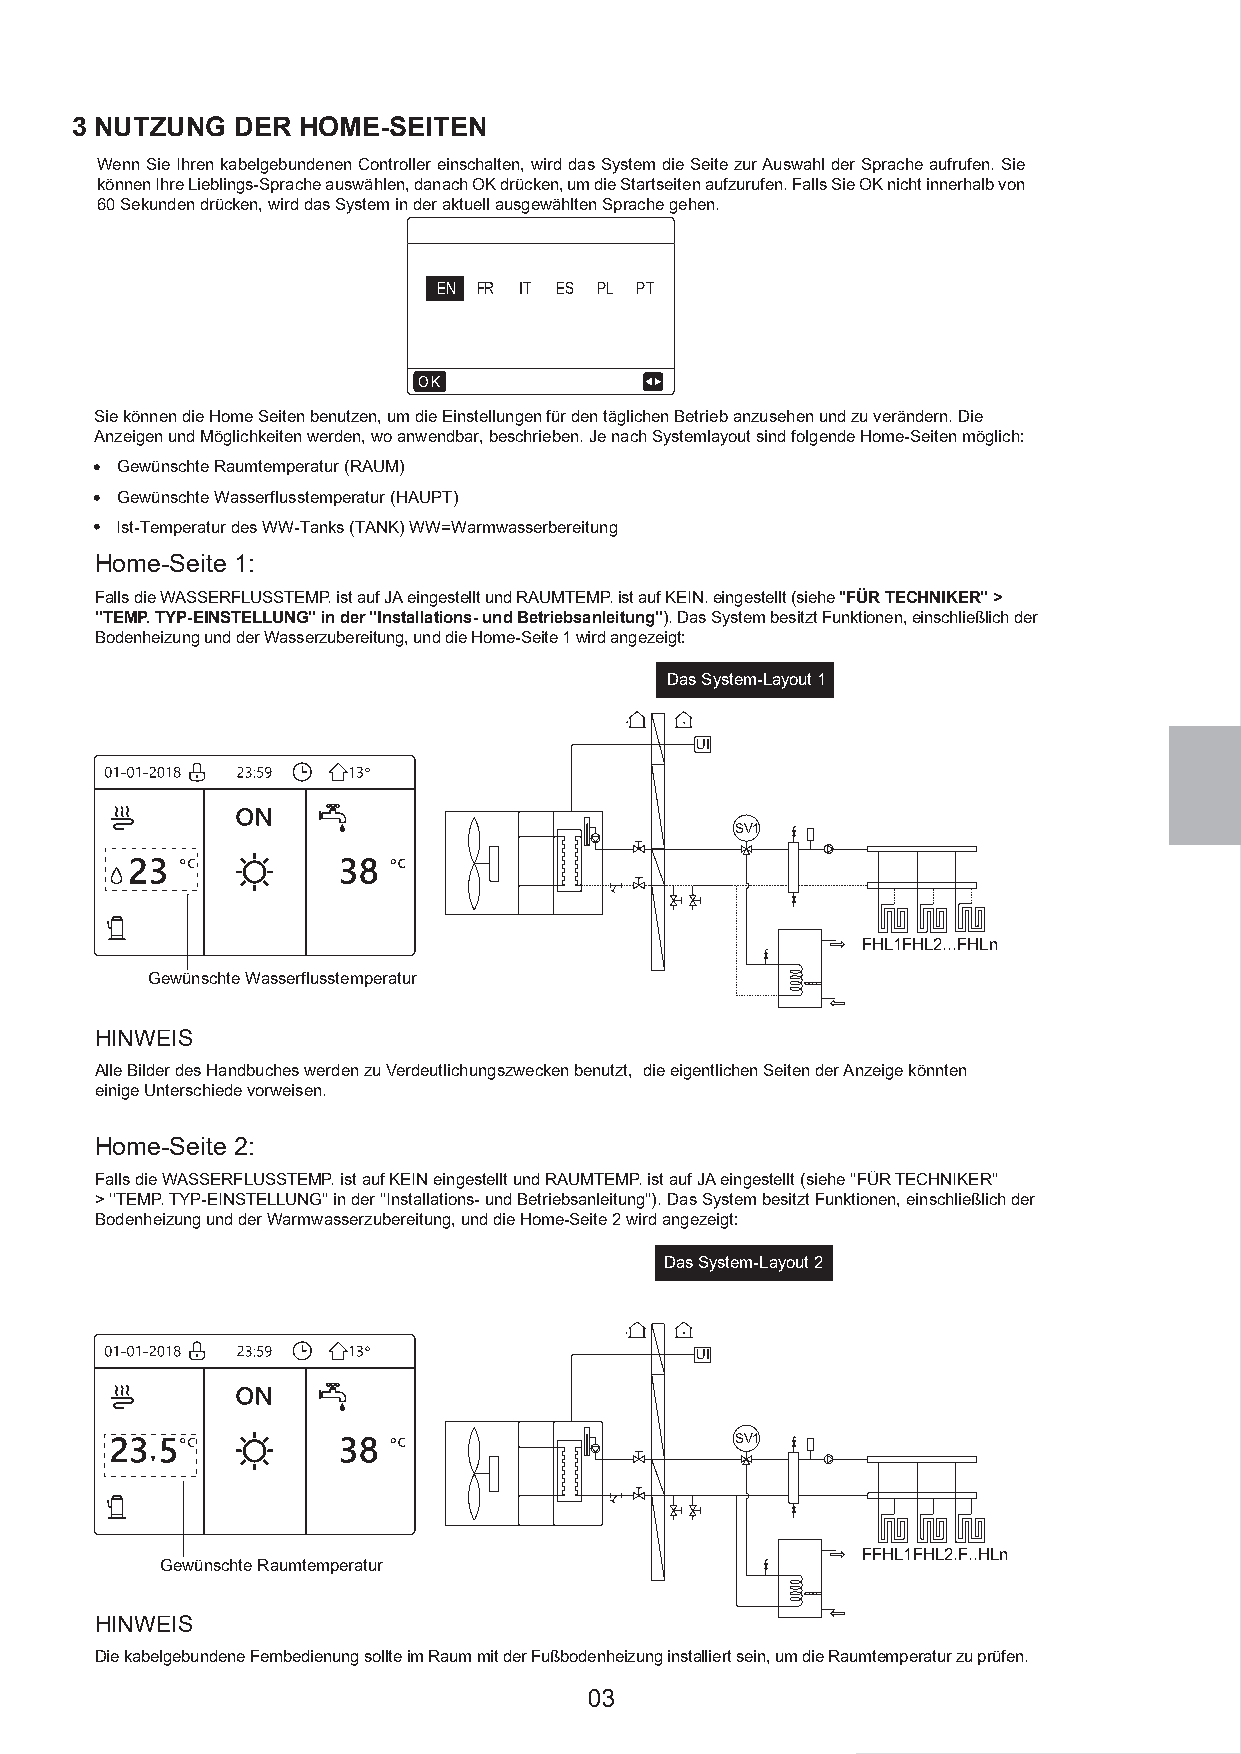
3 NUTZUNG  DER HOME-SEITEN
 Wenn Sie Ihren kabelgebundenen Controller einschalten, wird das System die Seite zur Auswahl der Sprache aufrufen. Sie
 können Ihre Lieblings-Sprache auswählen, danach OK drücken, um die Startseiten aufzurufen. Falls Sie OK nicht innerhalb von
 60 Sekunden drücken, wird das System in der aktuell ausgewählten Sprache gehen.
 EN FR IT ES PL PT
 OK
 Sie können die Home Seiten benutzen, um die Einstellungen für den täglichen Betrieb anzusehen und zu verändern. Die
 Anzeigen und Möglichkeiten werden, wo anwendbar, beschrieben. Je nach Systemlayout sind folgende Home-Seiten möglich:
 Gewünschte Raumtemperatur (RAUM)
 Gewünschte Wasserflusstemperatur (HAUPT)
 Ist-Temperatur des WW-Tanks (TANK) WW=Warmwasserbereitung
 Home-Seite 1:
 Falls die WASSERFLUSSTEMP. ist auf JA eingestellt und RAUMTEMP. ist auf KEIN. eingestellt (siehe ''FÜR TECHNIKER'' >
 ''TEMP. TYP-EINSTELLUNG'' in der ''Installations- und Betriebsanleitung''). Das System besitzt Funktionen, einschließlich der
 Bodenheizung und der Wasserzubereitung, und die Home-Seite 1 wird angezeigt:
 Das System-Layout 1
 UI
 SV1
 FHL1FHL2...FHLn
 Gewünschte Wasserflusstemperatur
 HINWEIS
 Alle Bilder des Handbuches werden zu Verdeutlichungszwecken benutzt, die eigentlichen Seiten der Anzeige könnten
 einige Unterschiede vorweisen.
 Home-Seite 2:
 Falls die WASSERFLUSSTEMP. ist auf KEIN eingestellt und RAUMTEMP. ist auf JA eingestellt (siehe ''FÜR TECHNIKER''
 > ''TEMP. TYP-EINSTELLUNG'' in der ''Installations- und Betriebsanleitung''). Das System besitzt Funktionen, einschließlich der
 Bodenheizung und der Warmwasserzubereitung, und die Home-Seite 2 wird angezeigt:
 Das System-Layout 2
 UI
 SV1
 FFHL1FHL2.F..HLn
 Gewünschte Raumtemperatur
 HINWEIS
 Die kabelgebundene Fernbedienung sollte im Raum mit der Fußbodenheizung installiert sein, um die Raumtemperatur zu prüfen.